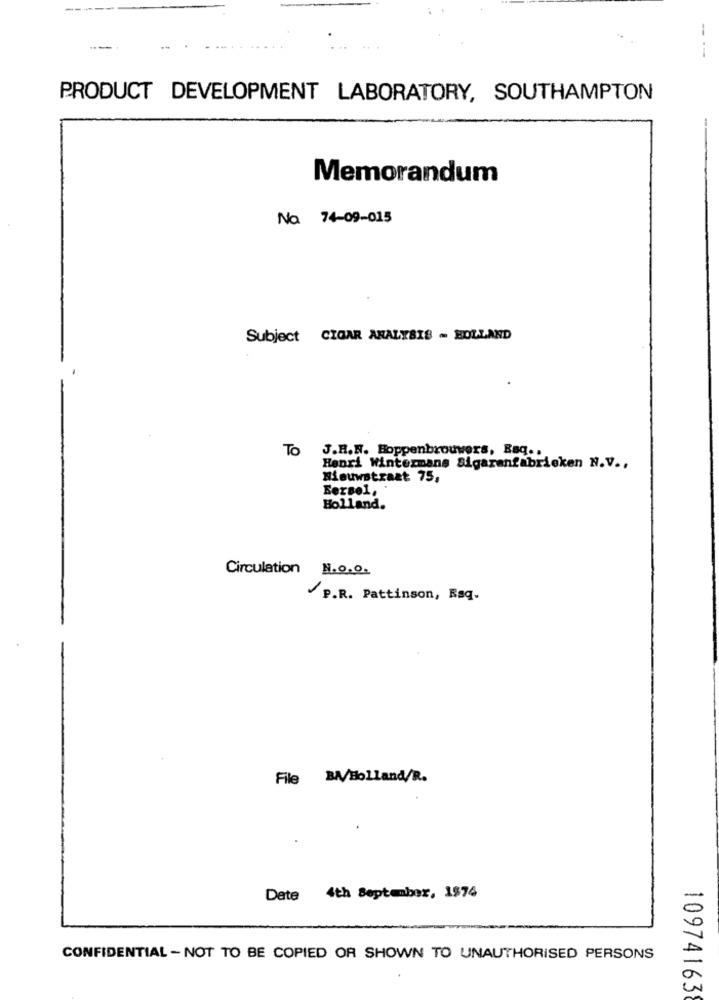
-
PRODUCT DEVELOPMENT LABORATORY, SOUTHAMPTON
Memorandum
Na 74-09-015
Subject CIGAR ANALYSIS - BOLLAND
To
J.R.N. Hoppenbrouwers, Baq ..
Henri Wintermans Sigarenfabrieken N.V .,
Nieuwstraat 75,
Eersel, .
Holland.
Circulation N.0.0.
P.R. Pattinson, Raq.
File BA/Holland/R.
Date 4th September, 1974
CONFIDENTIAL - NOT TO BE COPIED OR SHOWN TO UNAUTHORISED PERSONS
109741638